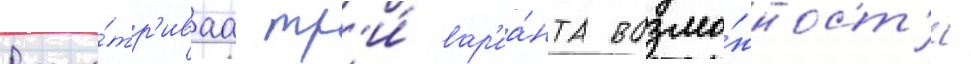
Рассма́тр'иваа тр'и́ вар'иа́нта возмо́жност'и